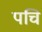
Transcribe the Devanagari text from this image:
पचि